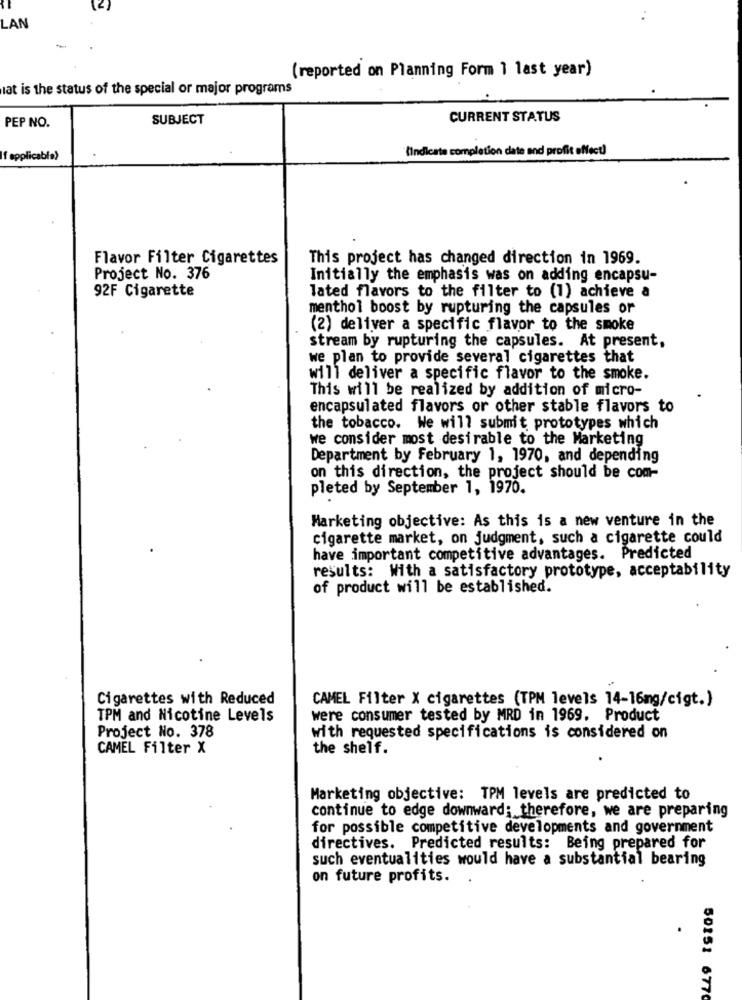
(2)
LAN
-
(reported on Planning Form 1 last year)
lat is the status of the special or major programs
PEP NO.
SUBJECT
CURRENT STATUS
(indicate completion date and profit effect)
If applicable)
Flavor Filter Cigarettes
This project has changed direction in 1969.
Project No. 376
Initially the emphasis was on adding encapsu-
92F Cigarette
lated flavors to the filter to (1) achieve a
menthol boost by rupturing the capsules or
(2) deliver a specific flavor to the smoke
stream by rupturing the capsules. At present,
we plan to provide several cigarettes that
will deliver a specific flavor to the smoke.
This will be realized by addition of micro-
encapsulated flavors or other stable flavors to
the tobacco. We will submit prototypes which
we consider most desirable to the Marketing
Department by February 1, 1970, and depending
on this direction, the project should be com-
pleted by September 1, 1970.
Marketing objective: As this is a new venture in the
cigarette market, on judgment, such a cigarette could
have important competitive advantages. Predicted
results: With a satisfactory prototype, acceptability
of product will be established.
Cigarettes with Reduced
CAMEL Filter X cigarettes (TPM levels 14-16mg/cigt.)
TPM and Nicotine Levels
were consumer tested by MRD in 1969. Product
Project No. 378
with requested specifications is considered on
CAMEL Filter X
the shelf.
Marketing objective: TPM levels are predicted to
continue to edge downward; therefore, we are preparing
for possible competitive developments and government
directives. Predicted results: Being prepared for
such eventualities would have a substantial bearing
on future profits.
50151 6770